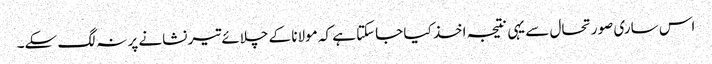
اس ساری صورتحال سے یہی نتیجہ اخذ کیا جاسکتا ہے کہ مولانا کے چلائے تیر نشانے پر نہ لگ سکے۔